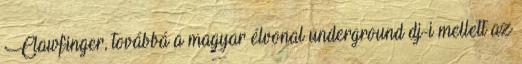
Clawfinger, továbbá a magyar élvonal underground dj-i mellett az